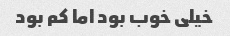
خیلی خوب بود اما کم بود